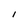
Character: 1